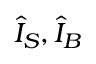
{ \hat { I } } _ { S } , { \hat { I } } _ { B }